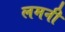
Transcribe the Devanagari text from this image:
लमनी